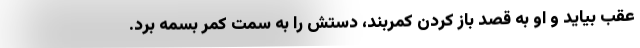
عقب بیاید و او به قصد باز کردن کمربند، دستش را به سمت کمر بسمه برد.